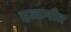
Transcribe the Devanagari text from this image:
हज्ऱमौत